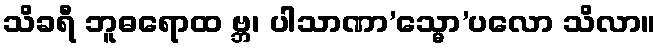
သိခရီ ဘူဓရောထ ဗ္ဘ၊ ပါသာဏာ’သ္မော’ပလော သိလာ။